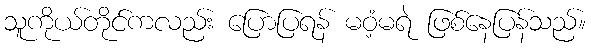
သူကိုယ်တိုင်ကလည်း ပြောပြရန် မဝံ့မရဲ ဖြစ်နေပြန်သည်။